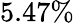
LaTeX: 5.47\%